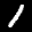
Label: 1